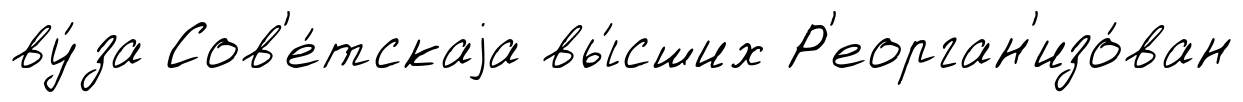
ву́за Сов'е́тскаjа вы́сших Р'еорган'изо́ван